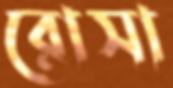
রোসা